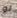
لو